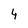
Character: 4